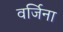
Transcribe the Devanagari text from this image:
वर्जिना